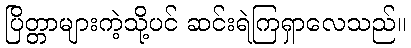
ပြိတ္တာများကဲ့သို့ပင် ဆင်းရဲကြရှာလေသည်။